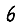
Digit: 6